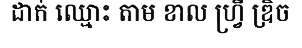
ដាក់ ឈ្មោះ តាម ខាល ហ្វ្រី ឌ្រិច